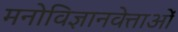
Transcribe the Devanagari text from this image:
मनोविज्ञानवेत्ताओं